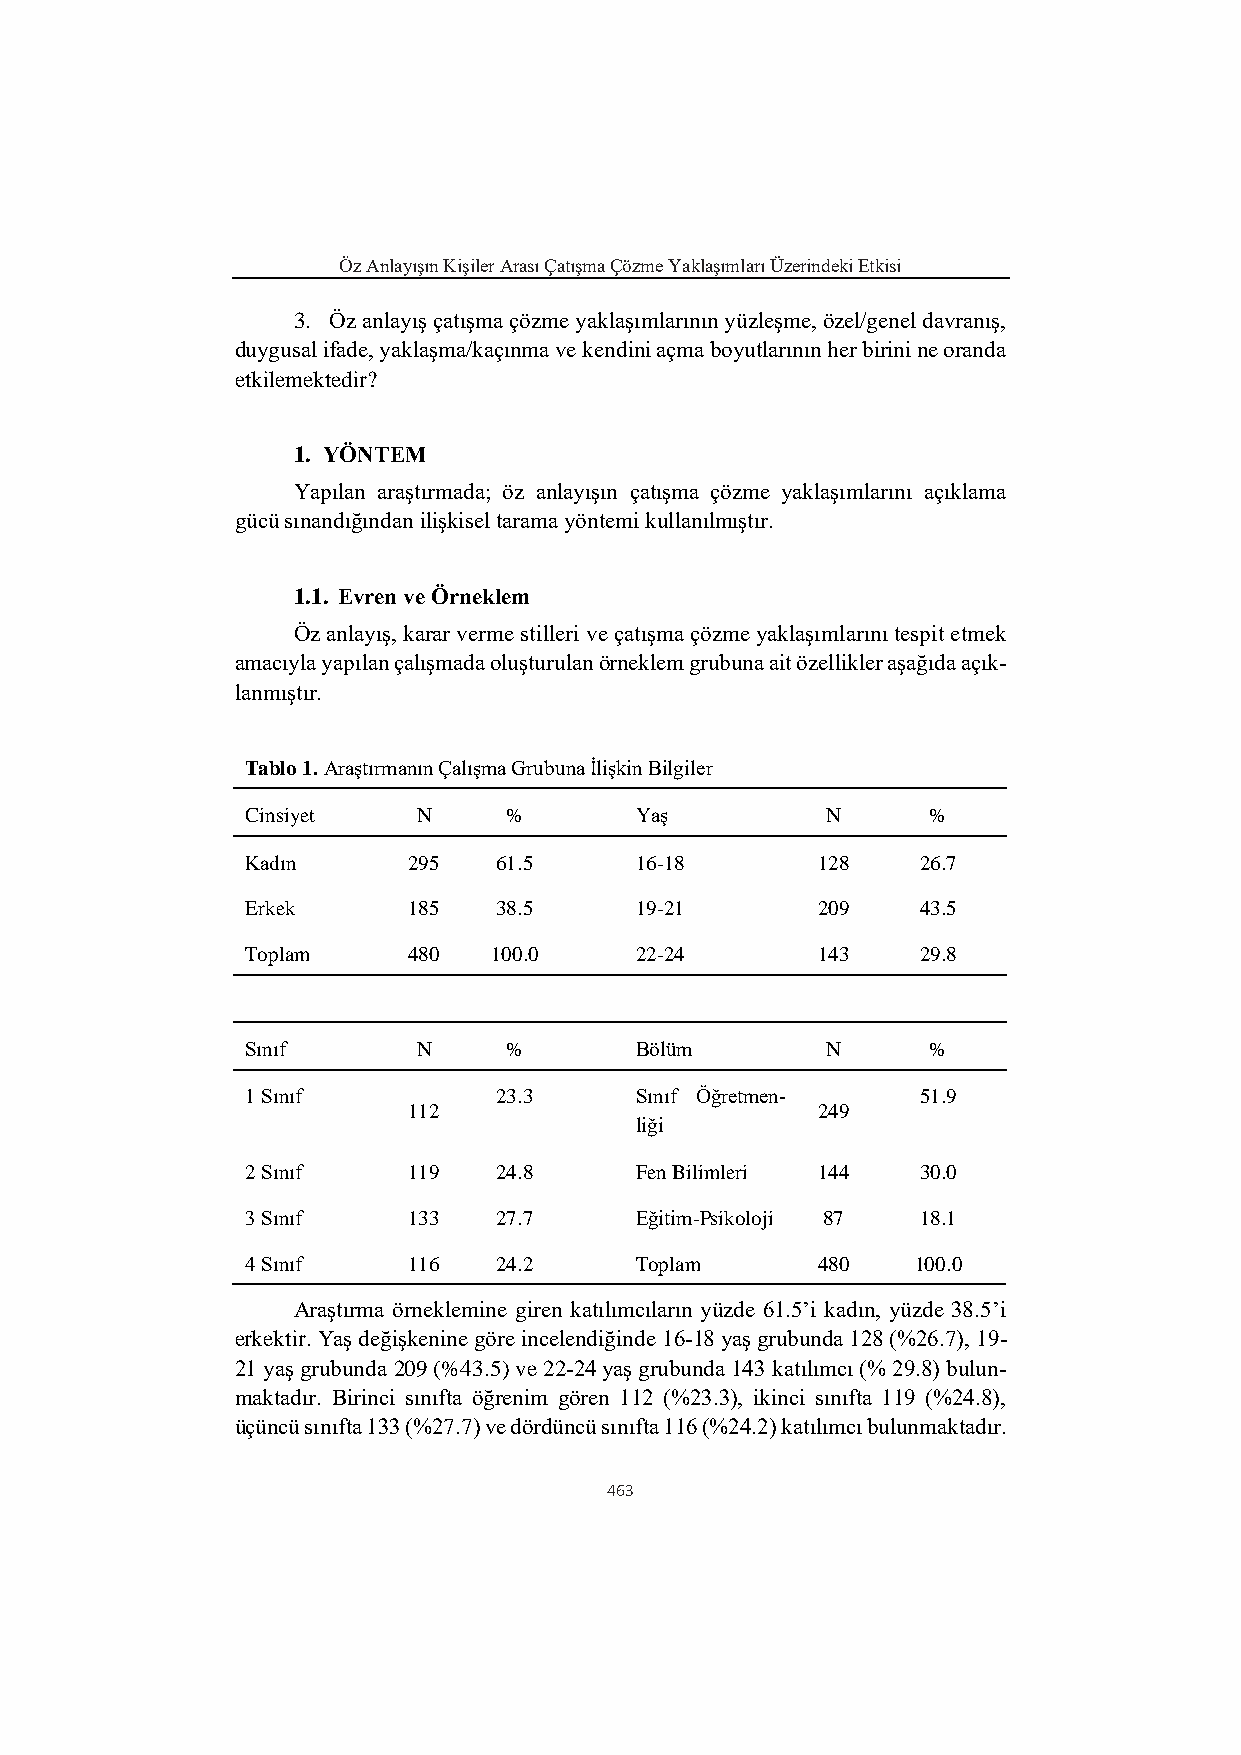
Öz Anlayışın Kişiler Arası Çatışma Çözme Yaklaşımları Üzerindeki Etkisi
 3. Öz anlayış çatışma çözme yaklaşımlarının yüzleşme, özel/genel davranış,
 duygusal ifade, yaklaşma/kaçınma ve kendini açma boyutlarının her birini ne oranda
 etkilemektedir?
 1. YÖNTEM
 Yapılan araştırmada; öz anlayışın çatışma çözme yaklaşımlarını açıklama
 gücü sınandığından ilişkisel tarama yöntemi kullanılmıştır.
 1.1. Evren ve Örneklem
 Öz anlayış, karar verme stilleri ve çatışma çözme yaklaşımlarını tespit etmek
 amacıyla yapılan çalışmada oluşturulan örneklem grubuna ait özellikler aşağıda açık-
 lanmıştır.
 Tablo 1. Araştırmanın Çalışma Grubuna İlişkin Bilgiler
 Cinsiyet    N    %        Yaş          N     %
 Kadın      295   61.5     16-18       128    26.7
 Erkek      185   38.5     19-21       209    43.5
 Toplam     480  100.0     22-24       143    29.8
 Sınıf       N    %        Bölüm        N     %
 1 Sınıf          23.3     Sınıf Öğretmen-    51.9
 112                        249
 liği
 2 Sınıf    119   24.8     Fen Bilimleri 144  30.0
 3 Sınıf    133   27.7     Eğitim-Psikoloji 87 18.1
 4 Sınıf    116   24.2     Toplam      480    100.0
 Araştırma örneklemine giren katılımcıların yüzde 61.5’i kadın, yüzde 38.5’i
 erkektir. Yaş değişkenine göre incelendiğinde 16-18 yaş grubunda 128 (%26.7), 19-
 21 yaş grubunda 209 (%43.5) ve 22-24 yaş grubunda 143 katılımcı (% 29.8) bulun-
 maktadır. Birinci sınıfta öğrenim gören 112 (%23.3), ikinci sınıfta 119 (%24.8),
 üçüncü sınıfta 133 (%27.7) ve dördüncü sınıfta 116 (%24.2) katılımcı bulunmaktadır.
 463